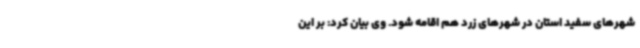
شهرهای سفید استان در شهرهای زرد هم اقامه شود. وی بیان کرد: بر این